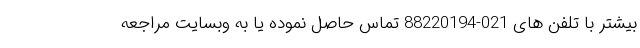
بیشتر با تلفن های 021-88220194 تماس حاصل نموده یا به وبسایت مراجعه